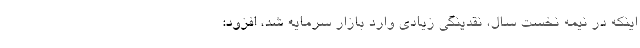
اینکه در نیمه نخست سال، نقدینگی زیادی وارد بازار سرمایه شد، افزود: